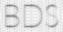
BDS